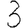
Digit: 3